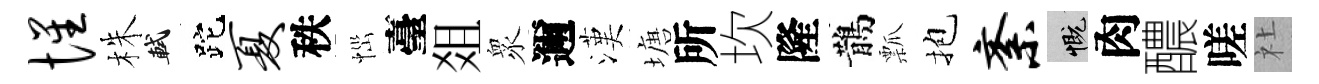
惺株軾跎夏秩𢙉臺爼衆邇漢塘所坎隆鵲瓢抱紊慨肉醲嗟社